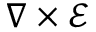
\nabla \times \mathbf { \mathcal { E } }